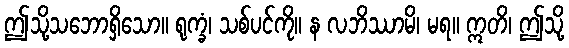
ဤသို့သဘောရှိသော။ ရုက္ခံ၊ သစ်ပင်ကို။ န လဘိဿာမိ၊ မရ။ ဣတိ၊ ဤသို့